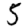
Digit: 5